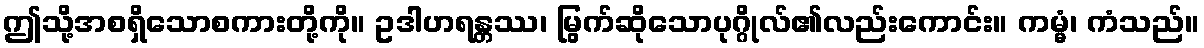
ဤသို့အစရှိသောစကားတို့ကို။ ဥဒါဟရန္တဿ၊ မြွက်ဆိုသောပုဂ္ဂိုလ်၏လည်းကောင်း။ ကမ္မံ၊ ကံသည်။